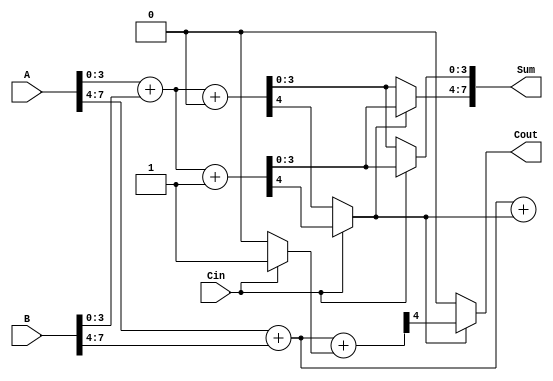
module carry_select_adder (
    input [7:0] A,      // 8-bit input A
    input [7:0] B,      // 8-bit input B
    input Cin,          // Carry-in
    output [7:0] Sum,   // 8-bit Sum output
    output Cout         // Carry-out
);

    // Internal wires for block sums and carries
    wire [3:0] Sum0, Sum1; // Sum outputs for Cin = 0 and Cin = 1
    wire C0, C1;           // Carry outputs for Cin = 0 and Cin = 1
    wire C0_next, C1_next; // Next carry for the next block

    // First block (A[3:0], B[3:0])
    assign {C0, Sum0} = A[3:0] + B[3:0] + 0; // Sum when Cin = 0
    assign {C1, Sum1} = A[3:0] + B[3:0] + 1; // Sum when Cin = 1

    // Select logic for first block
    wire [3:0] Sum_first = (Cin == 0) ? Sum0 : Sum1;
    assign C0_next = (Cin == 0) ? C0 : C1;

    // Second block (A[7:4], B[7:4])
    assign {C0_next, Sum0} = A[7:4] + B[7:4] + C0_next; // Sum with carry from first block
    assign {C1_next, Sum1} = A[7:4] + B[7:4] + (Cin ? 1 : 0); // Sum with carry from first block

    // Select logic for second block
    wire [3:0] Sum_second = (C0_next == 0) ? Sum0 : Sum1;
    assign Cout = (C0_next == 0) ? C0_next : C1_next;

    // Final sum output
    assign Sum = {Sum_second, Sum_first};

endmodule